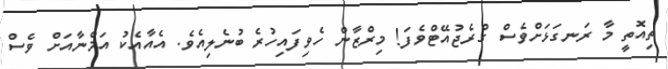
ތިއޮތީ މާ ރަނގަޅަށްވެސް ގްރެޖުއޭޓްވެފަ! މިރްޒާން ހެވިފައިހުރެ ބުނެލިއެވެ. އެއާއެކު އަމްނާއަށް ވެސް